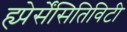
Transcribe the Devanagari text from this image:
ह्य्पेर्सेंसितिविटी